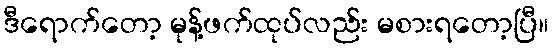
ဒီရောက်တော့ မုန့်ဖက်ထုပ်လည်း မစားရတော့ပြီ။